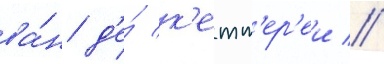
ва́н д'е́ к'етт'ер'еи //